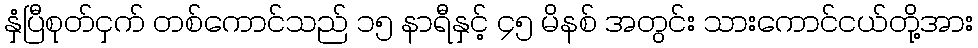
နှံပြီစုတ်ငှက် တစ်ကောင်သည် ၁၅ နာရီနှင့် ၄၅ မိနစ် အတွင်း သားကောင်ငယ်တို့အား